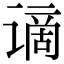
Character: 谪